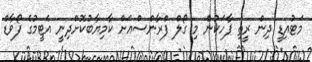
މަޓުއިޑީ ދިން ރީތި ޕާހަކުން މި ގޯލް ފްރާންސްއަށް ކާމިޔާބުކޮށްދިނީ އެޓީމުގެ ފޯވާޑް